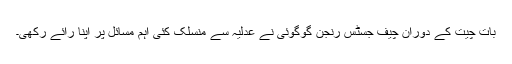
بات چیت کے دوران چیف جسٹس رنجن گوگوئی نے عدلیہ سے منسلک کئی اہم مسائل پر اپنا رائے رکھی۔